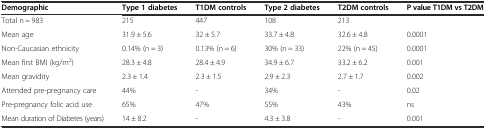
<table><thead><tr><td><b>Demographic</b></td><td><b>Type 1 diabetes</b></td><td><b>T1DM controls</b></td><td><b>Type 2 diabetes</b></td><td><b>T2DM controls</b></td><td><b>P value T1DM vs T2DM</b></td></tr></thead><tbody><tr><td>Total n = 983</td><td>215</td><td>447</td><td>108</td><td>213</td><td></td></tr><tr><td>Mean age</td><td>31.9 ± 5.6</td><td>32 ± 5.7</td><td>33.7 ± 4.8</td><td>32.6 ± 4.8</td><td>0.0001</td></tr><tr><td>Non-Caucasian ethnicity</td><td>0.14% (n = 3)</td><td>0.13% (n = 6)</td><td>30% (n = 33)</td><td>22% (n = 45)</td><td>0.0001</td></tr><tr><td>Mean first BMI (kg/m<sup>2</sup>)</td><td>28.3 ± 4.8</td><td>28.4 ± 4.9</td><td>34.9 ± 6.7</td><td>33.2 ± 6.2</td><td>0.001</td></tr><tr><td>Mean gravidity</td><td>2.3 ± 1.4</td><td>2.3 ± 1.5</td><td>2.9 ± 2.3</td><td>2.7 ± 1.7</td><td>0.002</td></tr><tr><td>Attended pre-pregnancy care</td><td>44%</td><td>-</td><td>34%</td><td>-</td><td>0.02</td></tr><tr><td>Pre-pregnancy folic acid use</td><td>65%</td><td>47%</td><td>55%</td><td>43%</td><td>ns</td></tr><tr><td>Mean duration of Diabetes (years)</td><td>14 ± 8.2</td><td>-</td><td>4.3 ± 3.8</td><td>-</td><td>0.001</td></tr></tbody></table>